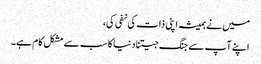
میں نے ہمیشہ اپنی ذات کی نفی کی،
اپنے آپ سے جنگ جیتنا دنیا کا سب سے مشکل کام ہے۔